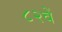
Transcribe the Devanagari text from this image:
८२वें